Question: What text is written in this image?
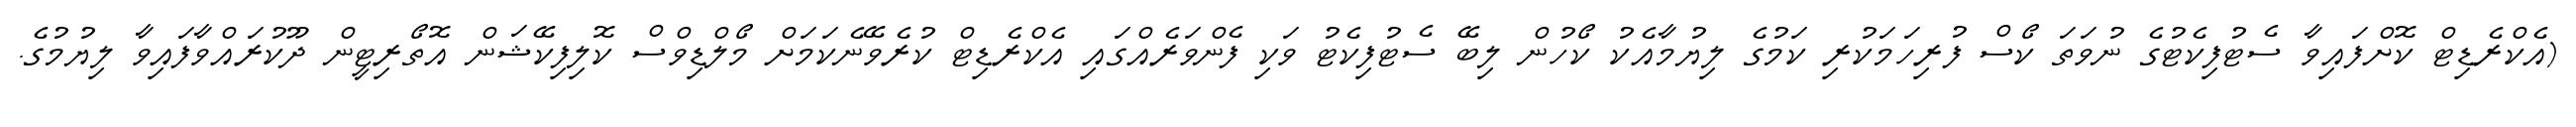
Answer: (އެކްރެޑިޓް ކޮށްފައިވާ ސެޓުފިކެޓުގެ ނުވަތަ ކޯސް ފުރިހަމަކުރި ކަމުގެ ލިޔުމާއެކު ކޯހުން ލިބޭ ސެޓުފިކެޓު ވަކި ފެންވަރެއްގައި އެކްރެޑިޓް ކުރެވޭނެކަމަށް މޯލްޑިވްސް ކޮލިފިކޭޝަން އޮތޯރިޓީން ދޫކުރައްވާފައިވާ ލިޔުމުގެ.